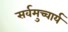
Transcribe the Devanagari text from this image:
सर्वमुच्चार्य